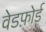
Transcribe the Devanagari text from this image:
वेडफ़ोर्ड